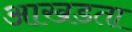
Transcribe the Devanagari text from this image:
आखडता